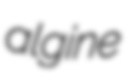
algine